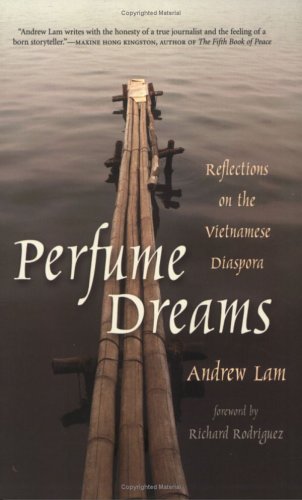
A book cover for Perfume Dreams: Reflections on the Vietnamese Diaspora; Andrew Lam; Biographies & Memoirs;